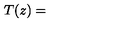
T ( z ) =